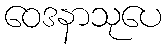
ဝေဒနာသုပေ